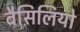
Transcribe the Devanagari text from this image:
बैसिलियो